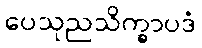
ပေသုညသိက္ခာပဒံ